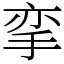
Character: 挛